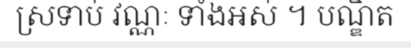
ស្រទាប់ វណ្ណៈ ទាំងអស់ ។ បណ្ឌិត